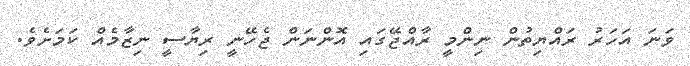
ވަނަ އަހަރު ރައްޔިތުން ނިންމީ ރާއްޖޭގައި އޮންނަން ޖެހޭނީ ރިޔާސީ ނިޒާމެއް ކަމަށެވެ.